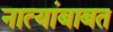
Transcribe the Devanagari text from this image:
नात्यांबाबत